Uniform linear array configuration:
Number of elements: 24
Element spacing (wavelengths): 0.5
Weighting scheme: hamming
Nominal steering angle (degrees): -60
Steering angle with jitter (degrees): -58.305
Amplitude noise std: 0.05
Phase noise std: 0.05

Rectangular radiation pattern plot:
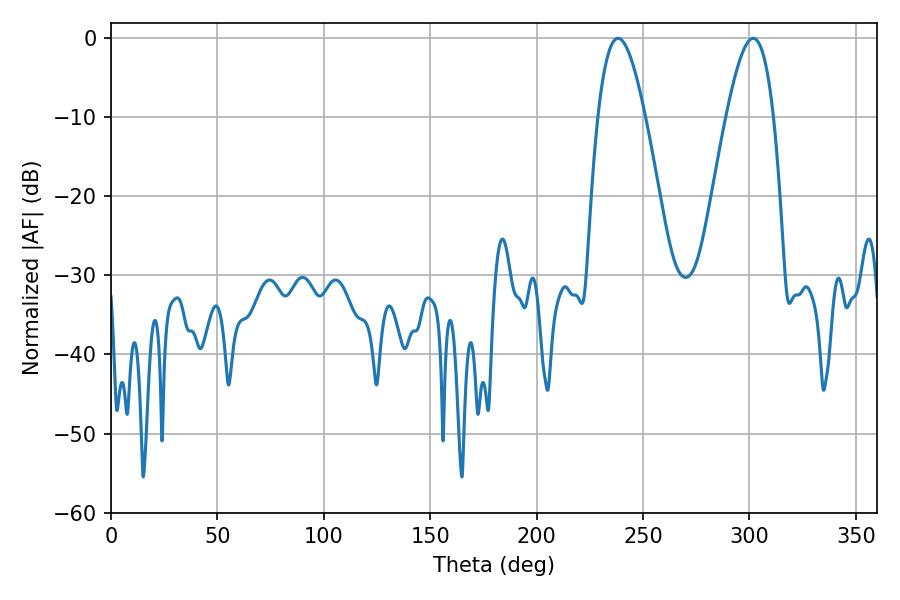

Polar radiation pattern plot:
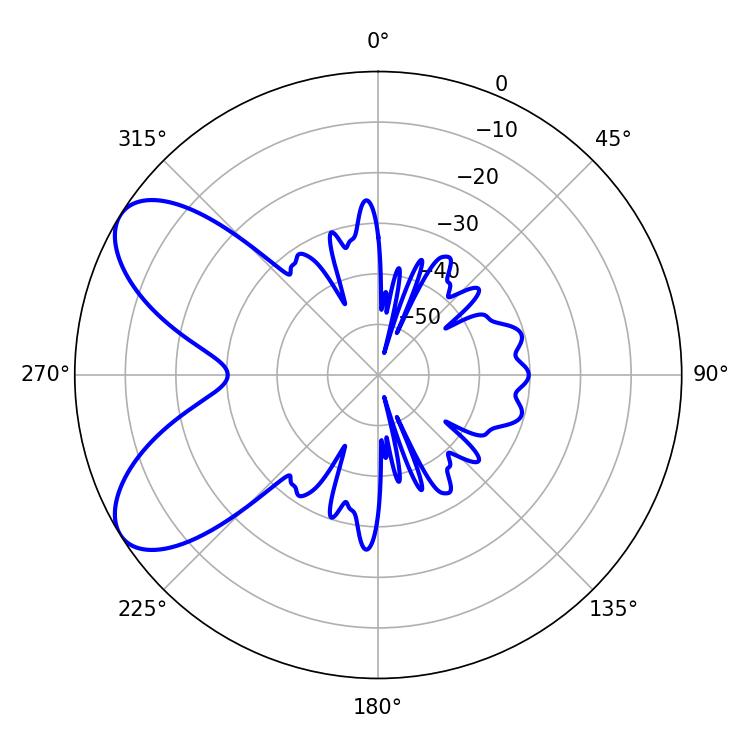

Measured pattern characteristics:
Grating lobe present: FALSE
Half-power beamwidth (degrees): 12.06
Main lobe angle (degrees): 238.32